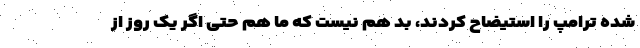
شده ترامپ را استیضاح کردند، بد هم نیست که ما هم حتی اگر یک روز از